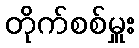
တိုက်စစ်မှူး